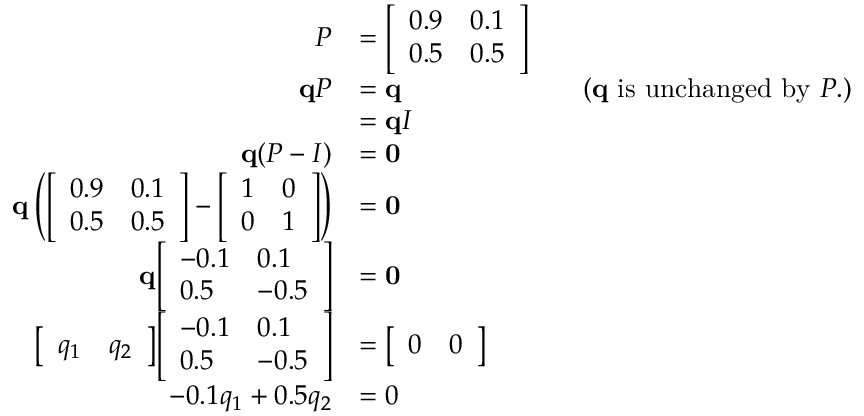
{ \begin{array} { r l r l } { P } & { = { \left[ \begin{array} { l l } { 0 . 9 } & { 0 . 1 } \\ { 0 . 5 } & { 0 . 5 } \end{array} \right] } } \\ { \mathbf { q } P } & { = \mathbf { q } } & & { { \mathrm { ( } } \mathbf { q } { \mathrm { ~ i s ~ u n c h a n g e d ~ b y ~ } } P { \mathrm { . ) } } } \\ & { = \mathbf { q } I } \\ { \mathbf { q } ( P - I ) } & { = \mathbf { 0 } } \\ { \mathbf { q } \left( { \left[ \begin{array} { l l } { 0 . 9 } & { 0 . 1 } \\ { 0 . 5 } & { 0 . 5 } \end{array} \right] } - { \left[ \begin{array} { l l } { 1 } & { 0 } \\ { 0 } & { 1 } \end{array} \right] } \right) } & { = \mathbf { 0 } } \\ { \mathbf { q } { \left[ \begin{array} { l l } { - 0 . 1 } & { 0 . 1 } \\ { 0 . 5 } & { - 0 . 5 } \end{array} \right] } } & { = \mathbf { 0 } } \\ { { \left[ \begin{array} { l l } { q _ { 1 } } & { q _ { 2 } } \end{array} \right] } { \left[ \begin{array} { l l } { - 0 . 1 } & { 0 . 1 } \\ { 0 . 5 } & { - 0 . 5 } \end{array} \right] } } & { = { \left[ \begin{array} { l l } { 0 } & { 0 } \end{array} \right] } } \\ { - 0 . 1 q _ { 1 } + 0 . 5 q _ { 2 } } & { = 0 } \end{array} }